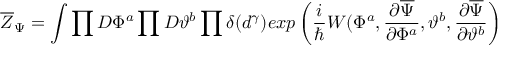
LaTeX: \overline { { { Z } } } _ { \Psi } = \int \prod D \Phi ^ { a } \prod D \vartheta ^ { b } \prod \delta ( d ^ { \gamma } ) e x p \left( { \frac { i } { \hbar } } W ( \Phi ^ { a } , { \frac { \partial \overline { { \Psi } } } { \partial \Phi ^ { a } } } , \vartheta ^ { b } , { \frac { \partial \overline { { \Psi } } } { \partial \vartheta ^ { b } } } \right)